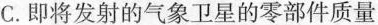
C.即将发射的气象卫星的零部件质量